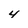
Character: 4